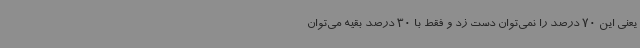
یعنی این 70 درصد را نمی‌توان دست زد و فقط با 30 درصد بقیه می‌توان